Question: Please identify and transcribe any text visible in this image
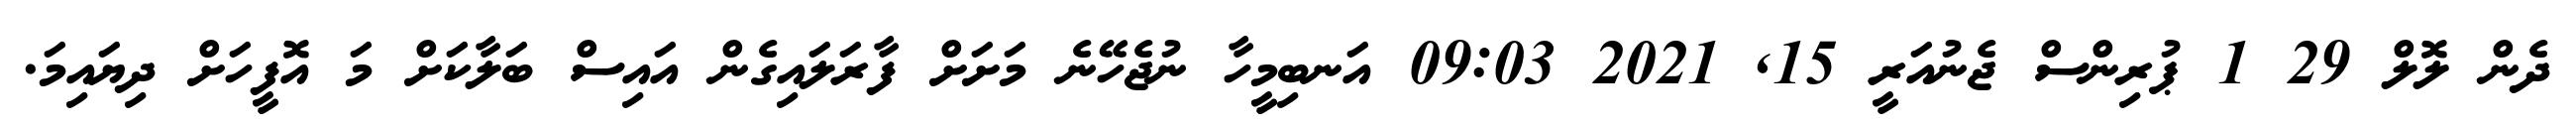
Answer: ދެން ލޮލް 29 1 ޕުރިންސް ޖެނުއަރީ 15, 2021 09:03 އަނބިމީހާ ނުޖެހޭނެ މަށަށް ފާރަލައިގެން އައިސް ބަލާކަށް މަ އޮފީހަށް ދިޔައިމަ.